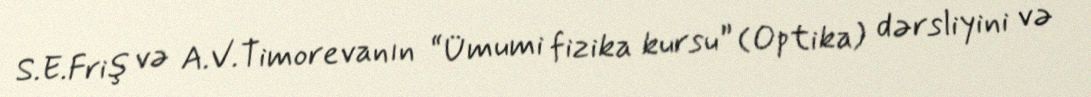
S.E.Friş və A.V.Timorevanın “Ümumi fizika kursu” (Optika) dərsliyini və